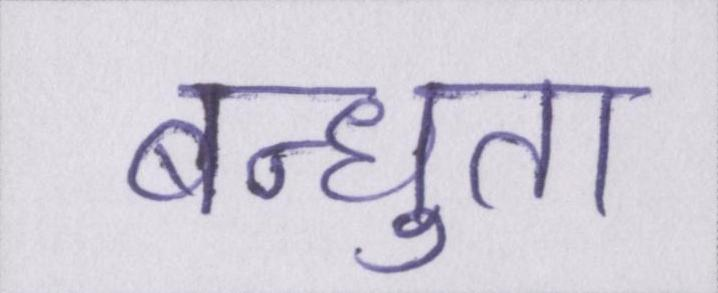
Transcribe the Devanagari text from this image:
बन्धुता